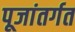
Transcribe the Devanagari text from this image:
पूजांतर्गत